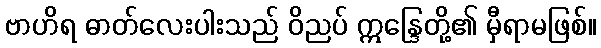
ဗာဟိရ ဓာတ်လေးပါးသည် ဝိညပ် ဣန္ဒြေတို့၏ မှီရာမဖြစ်။